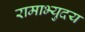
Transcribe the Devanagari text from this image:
रामाभ्युदय